Vaccination Hyderabad 1872-1889 - 1872-1889
Year: 1872
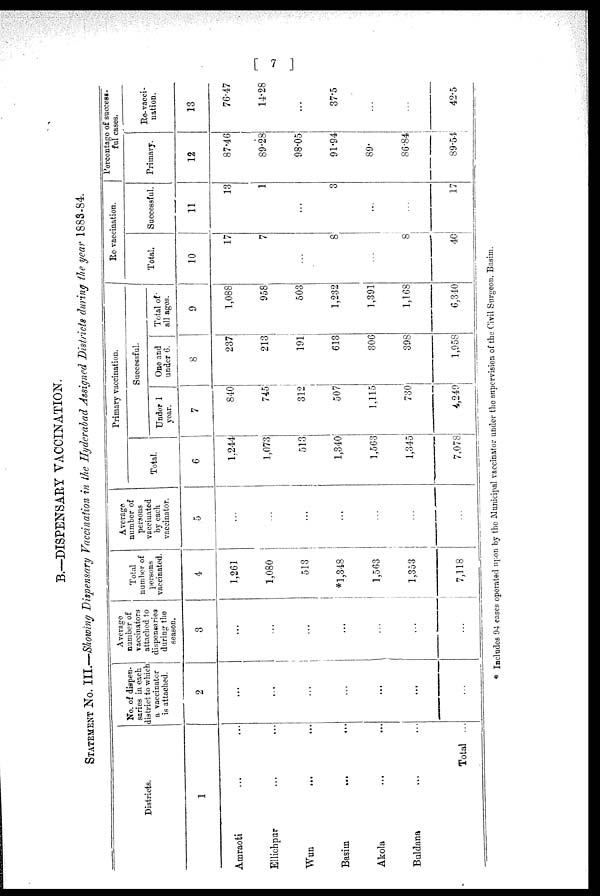
[ 7 ]
B.—DISPENSARY VACCINATION.
STATEMENT No. III.—Showing Dispensary Vaccination in the Hyderabad Assigned Districts during the year 1883-84.
Districts.
1
Amraoti ... ...
Ellichpur ... ...
Wun
... ...
Basim
... ...
Akola ... ...
Buldana ... ...
Total ...
No. of dispen-
saries in each
district to which
a vaccinator
is attached.
2
...
...
...
...
...
...
...
Average
number of
vaccinators
attached to
dispensaries
during the
season.
3
...
...
...
...
...
...
...
Total
number of
persons
vaccinated.
4
1,261
1,080
513
*1,348
1,563
1,353
7,118
Average
number of
persons
vaccinated
by each
vaccinator.
5
...
...
...
...
...
...
...
Primary vaccination.
Total.
6
1,244
1,073
513
1,340
1,563
1,345
7,078
Successful.
Under 1
year.
7
840
745
312
507
1,115
730
4,249
One and
under 6.
8
237
213
191
613
306
398
1,958
Total of
all ages.
9
1,088
958
503
1,232
1,391
1,168
6,340
Re-vaccination.
Total.
10
17
7
...
8
...
8
40
Successful.
11
13
1
...
3
...
17
Percentage of success-
-ul cases.
Primary.
12
87.46
89.28
98.05
91.94
89.
86.84
89.54
Re-vacci¬
nation.
13
76.47
14.28
...
37.5
...
...
42.5
* Includes 94 cases operated upon by the Municipal vaccinator under the supervision of the Civil Surgeon. Basim.